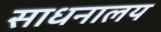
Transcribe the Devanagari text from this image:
साधनालय